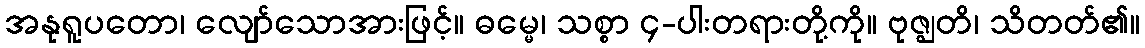
အနုရူပတော၊ လျော်သောအားဖြင့်။ ဓမ္မေ၊ သစ္စာ ၄-ပါးတရားတို့ကို။ ဗုဇ္ဈတိ၊ သိတတ်၏။